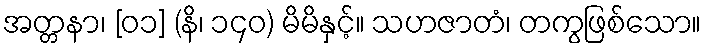
အတ္တနာ၊ [၀၁] (နိ၊ ၁၄၀) မိမိနှင့်။ သဟဇာတံ၊ တကွဖြစ်သော။